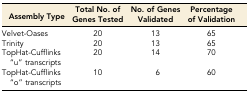
<table><thead><tr><td><b>Assembly Type</b></td><td><b>Total No. of Genes Tested</b></td><td><b>No. of Genes Validated</b></td><td><b>Percentage of Validation</b></td></tr></thead><tbody><tr><td>Velvet-Oases</td><td>20</td><td>13</td><td>65</td></tr><tr><td>Trinity</td><td>20</td><td>13</td><td>65</td></tr><tr><td>TopHat-Cufflinks “u” transcripts</td><td>20</td><td>14</td><td>70</td></tr><tr><td>TopHat-Cufflinks “o” transcripts</td><td>10</td><td>6</td><td>60</td></tr></tbody></table>